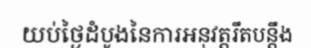
យប់ថ្ងៃដំបូងនៃការអនុវត្តរឹតបន្តឹង